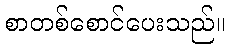
စာတစ်စောင်ပေးသည်။